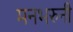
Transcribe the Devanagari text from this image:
मनभरुनी